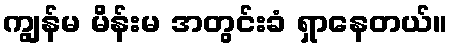
ကျွန်မ မိန်းမ အတွင်းခံ ရှာနေတယ်။